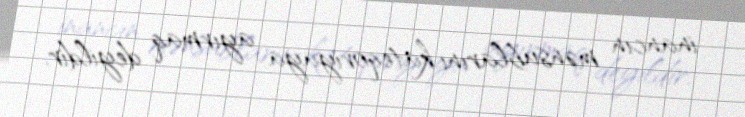
inancın mənsublarını kateqoriyaya ayırmaq deyildir.